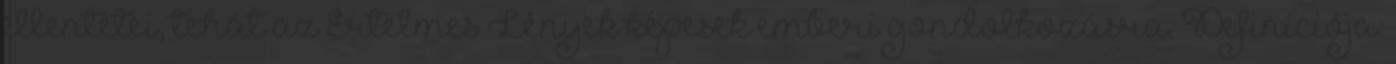
ellentétei, tehát az Értelmes Lények képesek emberi gondolkozásra. Definíciója: